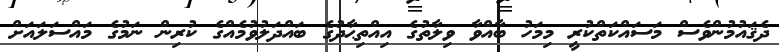
ދެޤައުމުންވެސް މަސައްކަތްކުރީ މިމަހު ބާއްވާ ވިލާތުގެ އިއްތިޙާދުގެ ބައްދަލުވުމެއްގެ ކުރިން ނަމުގެ މައްސަލައަށް